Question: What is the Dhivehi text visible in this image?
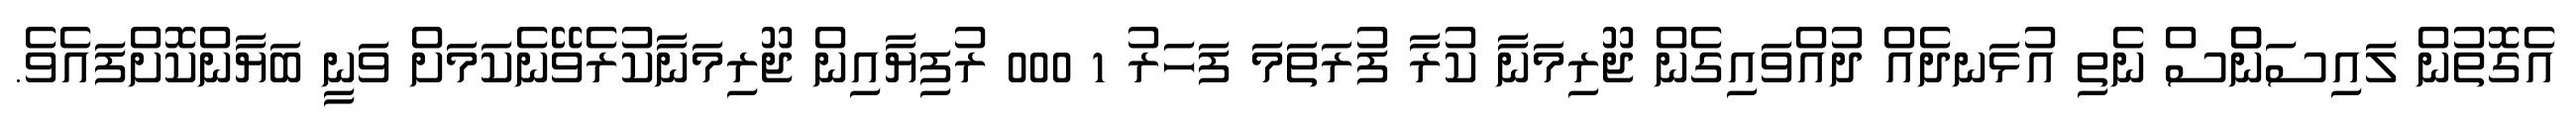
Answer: އެގޮތުން ލައިސަންްސް ނެތި އުޅަނދެއް ދުއްވައިގެން ޖޫރިމަނާ ކުރާ ފުރަތަމަ ފަހަރު 1 000 ރުފިޔާއިން ޖޫރިމަނާކުރެވޭނެކަމަށް ވަނީ ބަޔާންކޮށްފައެވެ.